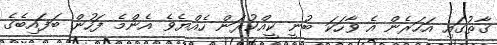
ގާތުގައި އަހަރެން އެ ވާހަކަ ބުނީ ކީއްކުރަން ހެއްޔެވެ އެންމެ ފަހުން ބަފައިބެގެ